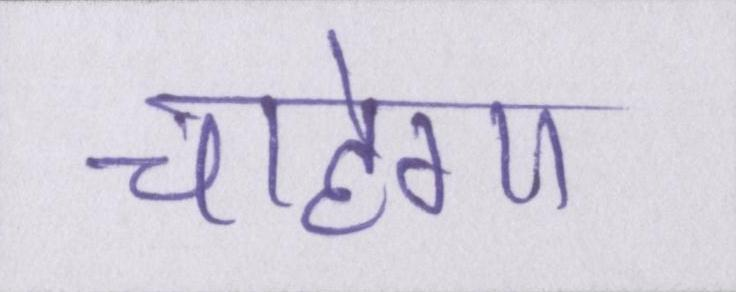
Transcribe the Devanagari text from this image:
चाहेगा